Annual administration report of the Civil Veterinary Department of India - 1893-1894
Year: 1893
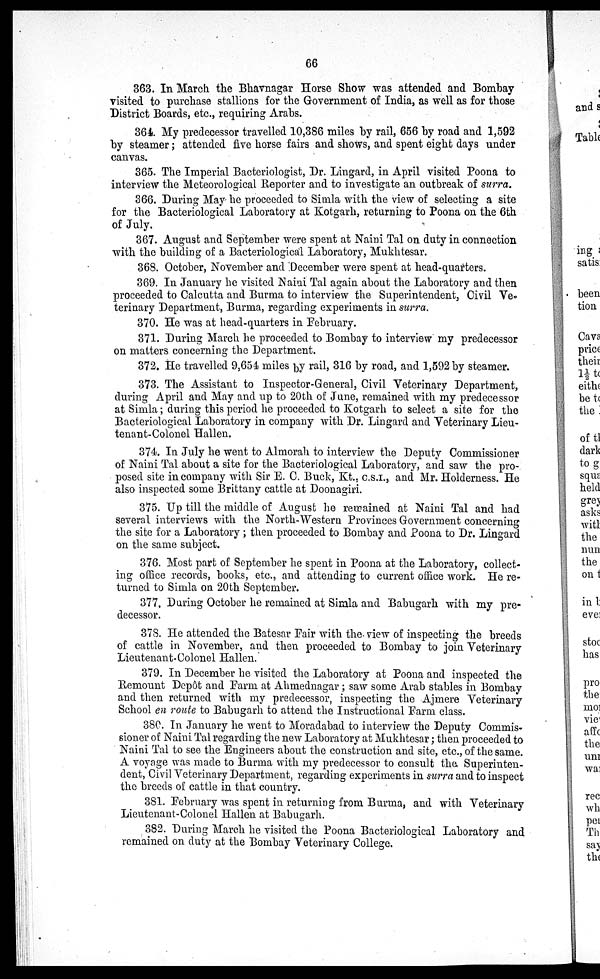
66
363. In March the Bhavnagar Horse Show was attended and Bombay
visited to purchase stallions for the Government of India, as well as for those
District Boards, etc., requiring Arabs.
364. My predecessor travelled 10,386 miles by rail, 656 by road and 1,592
by steamer; attended five horse fairs and shows, and spent eight days under
canvas.
365. The Imperial Bacteriologist, Dr. Lingard, in April visited Poona to
interview the Meteorological Reporter and to investigate an outbreak of surra.
366. During May he proceeded to Simla with the view of selecting a site
for the Bacteriological Laboratory at Kotgarh, returning to Poona on the 6th
of July.
367. August and September were spent at Naini Tal on duty in connection
with the building of a Bacteriological Laboratory, Mukhtesar.
368. October, November and December were spent at head-quarters.
369. In January he visited Naini Tal again about the Laboratory and then
proceeded to Calcutta and Burma to interview the Superintendent, Civil Ve-
terinary Department, Burma, regarding experiments in surra.
370. He was at head-quarters in February.
371. During March he proceeded to Bombay to interview my predecessor
on matters concerning the Department.
372. He travelled 9,654 miles by rail, 316 by road, and 1,592 by steamer.
373. The Assistant to Inspector-General, Civil Veterinary Department,
during April and May and up to 20th of June, remained with my predecessor
at Simla; during this period he proceeded to Kotgarh to select a site for the
Bacteriological Laboratory in company with Dr. Lingard and Veterinary Lieu-
tenant-Colonel Hallen.
374. In July he went to Almorah to interview the Deputy Commissioner
of Naini Tal about a site for the Bacteriological Laboratory, and saw the pro-
posed site in company with Sir E. C. Buck, Kt., C.S.I., and Mr. Holderness. He
also inspected some Brittany cattle at Doonagiri.
375. Up till the middle of August he remained at Naini Tal and had
several interviews with the North-Western Provinces Government concerning
the site for a Laboratory; then proceeded to Bombay and Poona to Dr. Lingard
on the same subject.
376. Most part of September he spent in Poona at the Laboratory, collect-
ing office records, books, etc., and attending to current office work. He re-
turned to Simla on 20th September.
377. During October he remained at Simla and Babugarh with my pre-
decessor.
378. He attended the Batesar Fair with the view of inspecting the breeds
of cattle in November, and then proceeded to Bombay to join Veterinary
Lieutenant-Colonel Hallen.
379. In December he visited the Laboratory at Poona and inspected the
Remount Depôt and Farm at Ahmednagar; saw some Arab stables in Bombay
and then returned with my predecessor, inspecting the Ajmere Veterinary
School en route to Babugarh to attend the Instructional Farm class.
380. In January he went to Moradabad to interview the Deputy Commis-
sioner of Naini Tal regarding the new Laboratory at Mukhtesar; then proceeded to
Naini Tal to see the Engineers about the construction and site, etc., of the same.
A voyage was made to Burma with my predecessor to consult the Superinten-
dent, Civil Veterinary Department, regarding experiments in surra and to inspect
the breeds of cattle in that country.
381. February was spent in returning from Burma, and with Veterinary
Lieutenant-Colonel Hallen at Babugarh.
382. During March he visited the Poona Bacteriological Laboratory and
remained on duty at the Bombay Veterinary College.